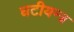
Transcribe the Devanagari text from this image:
घटीयन्त्र